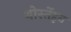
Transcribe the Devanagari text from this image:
थोर्स्तेइन